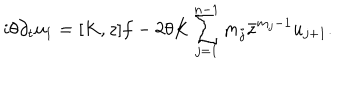
LaTeX: i \theta \partial _ { t } u _ { 1 } = [ K , z ] f - 2 \theta K \sum _ { j = 1 } ^ { n - 1 } m _ { j } \bar { z } ^ { m _ { j } - 1 } u _ { j + 1 } .